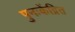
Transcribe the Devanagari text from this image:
पुनःकेंद्रित